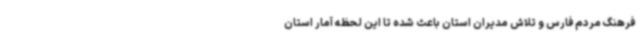
فرهنگ مردم فارس و تلاش مدیران استان باعث شده تا این لحظه آمار استان